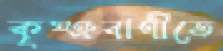
কৃষ্ঞবাণীতে